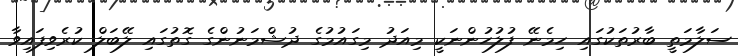
ސަލާމަތީ ބާރުތަކުގައި ހިމެނޭ ފުލުހުންނަކީ މިއަދު މިގައުމުގެ ދުޝްމަނުންގެ ގޮތުގައި ލޭބަލް ކުރެވިފައިވާ